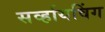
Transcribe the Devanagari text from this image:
सर्व्हायविंग